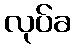
လုပ်ခ